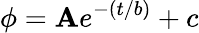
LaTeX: \phi=\mathbf{A}e^{-(t/b)}+c